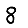
Digit: 8